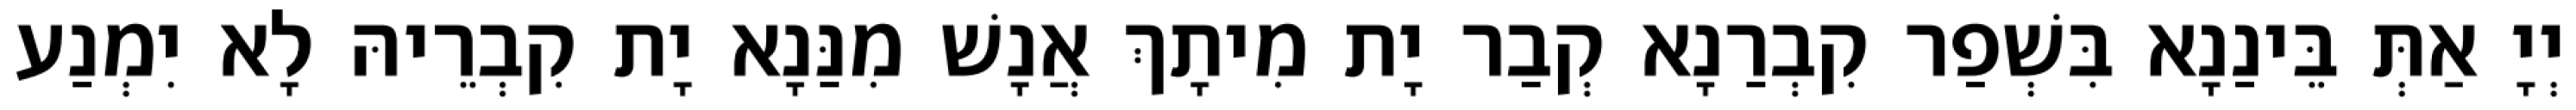
יְיָ אַתְּ בֵּינַנָא בִּשְׁפַר קִבְרַנָא קְבַר יָת מִיתָךְ אֲנָשׁ מִנַּנָא יָת קִבְרֵיהּ לָא יִמְנַע